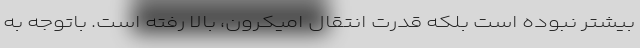
بیشتر نبوده است بلکه قدرت انتقال اُمیکرون، بالا رفته است. باتوجه به